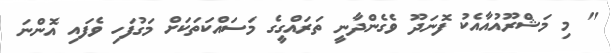
" މި މަޝްރޫއުއާއެކު ފޮނަދޫ ވެގެންދާނީ ތަރައްގީގެ މަސައްކަތަކަށް މަގުފަހި ވެފައި އޮންނަ